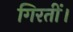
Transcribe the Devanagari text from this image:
गिरतीं।